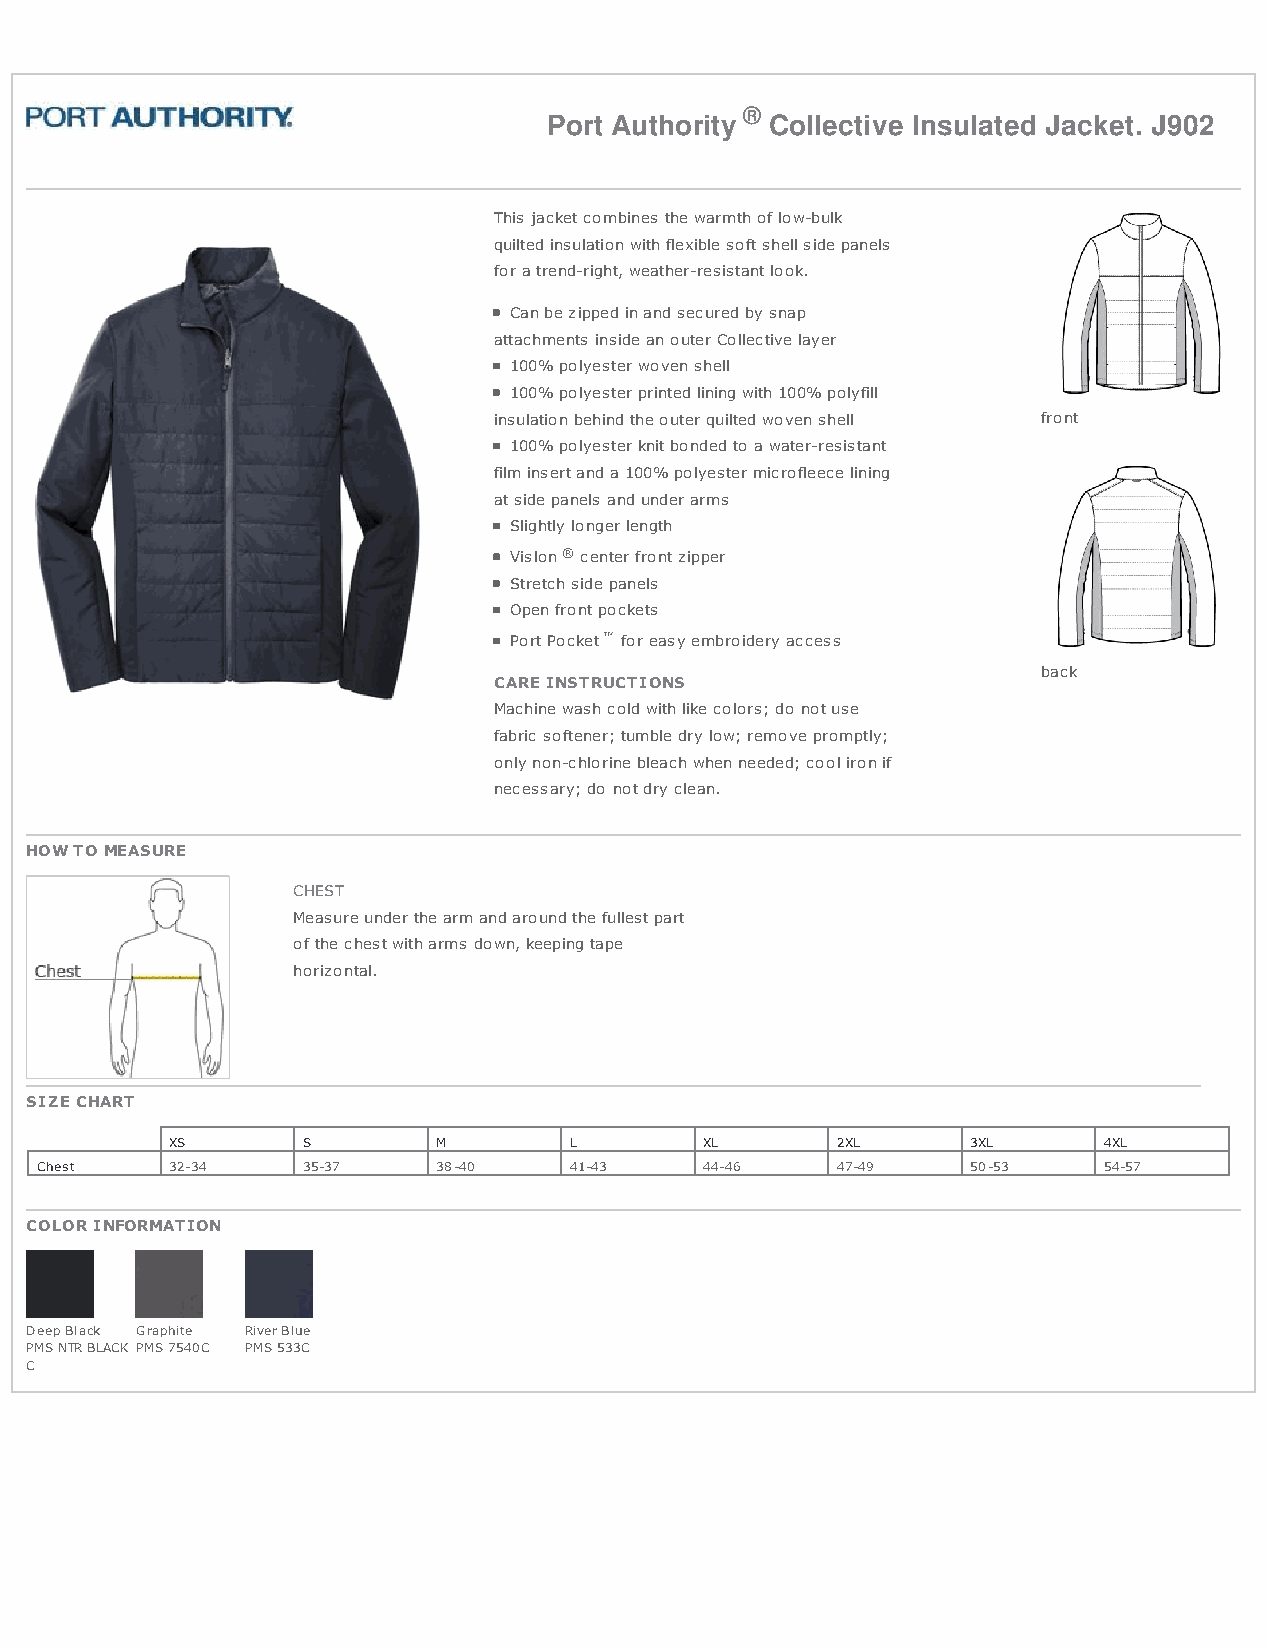
®
 Port Authority Collective Insulated Jacket. J902
 This jacket combines the warmth of low-bulk
 quilted insulation with flexible soft shell side panels
 for a trend-right, weather-resistant look.
 Can be zipped in and secured by snap
 attachments inside an outer Collective layer
 100% polyester woven shell
 100% polyester printed lining with 100% polyfill
 insulation behind the outer quilted woven shell front
 100% polyester knit bonded to a water-resistant
 film insert and a 100% polyester microfleece lining
 at side panels and under arms
 Slightly longer length
 Vislon ® center front zipper
 Stretch side panels
 Open front pockets
 Port Pocket ™ for easy embroidery access
 back
 CARE INSTRUCTIONS
 Machine wash cold with like colors; do not use
 fabric softener; tumble dry low; remove promptly;
 only non-chlorine bleach when needed; cool iron if
 necessary; do not dry clean.
 HOW TO MEASURE
 CHEST
 Measure under the arm and around the fullest part
 of the chest with arms down, keeping tape
 horizontal.
 SIZE CHART
 XS       S        M        L        XL      2XL      3XL      4XL
 Chest    32-34    35-37    38-40    41-43    44-46   47-49    50-53    54-57
 COLOR INFORMATION
 Deep Black Graphite River Blue
 PMS NTR BLACK PMS 7540C PMS 533C
 C